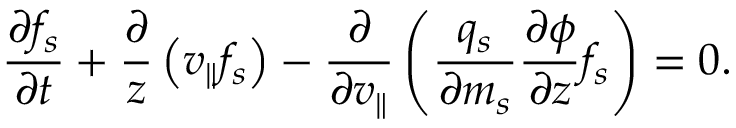
\frac { \partial f _ { s } } { \partial t } + \frac { \partial } { z } \left( v _ { \parallel } f _ { s } \right) - \frac { \partial } { \partial v _ { \parallel } } \left( \frac { q _ { s } } { \partial m _ { s } } \frac { \partial \phi } { \partial z } f _ { s } \right) = 0 .